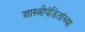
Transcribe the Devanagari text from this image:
शास्त्रीपंडितांच्या